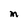
Character: M